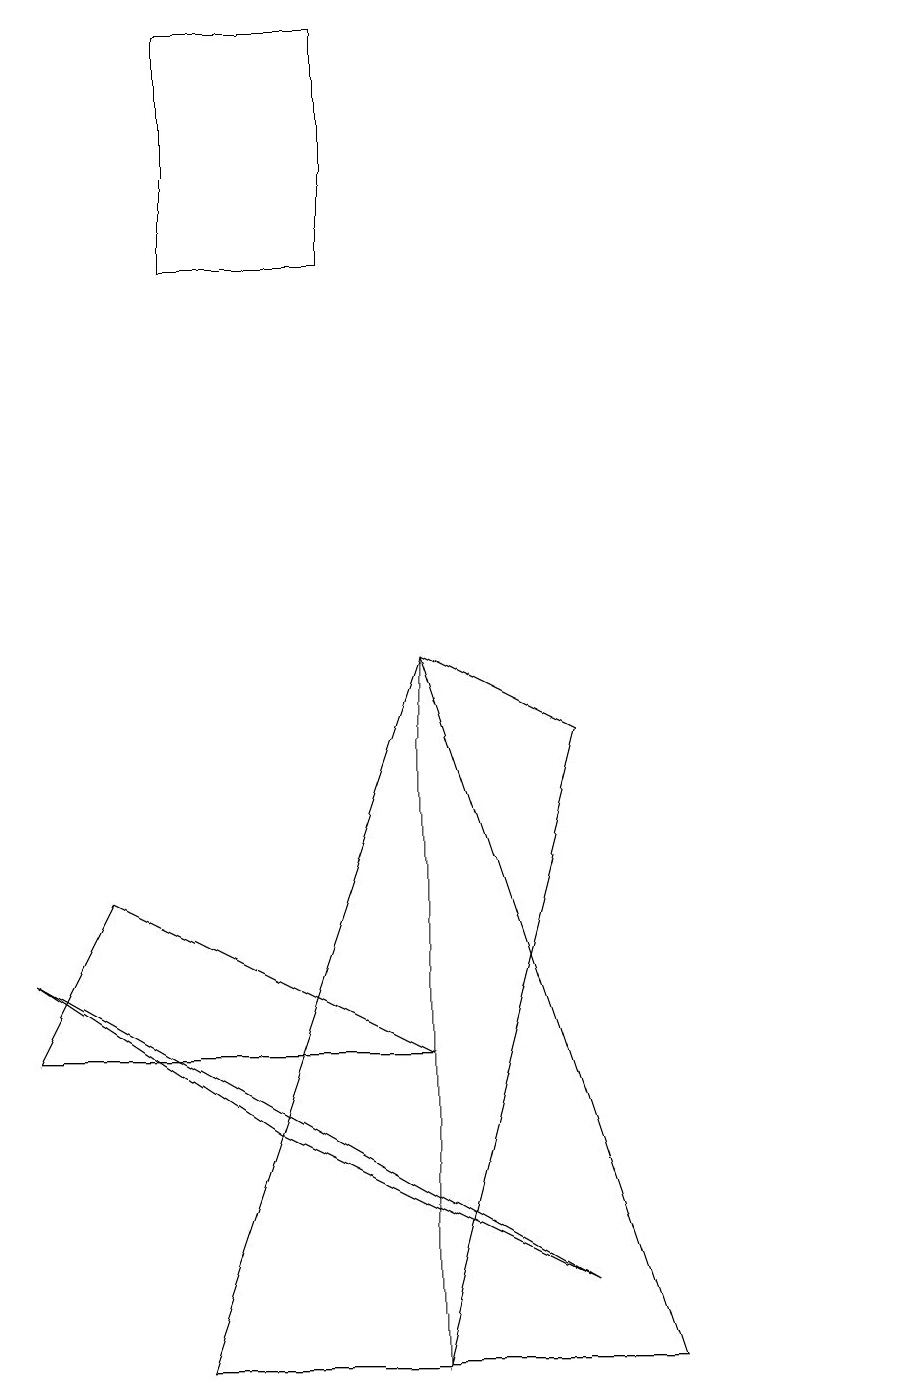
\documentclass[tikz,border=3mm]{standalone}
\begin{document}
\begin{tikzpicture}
\draw (5,9) -- (7,8) -- (5,0) -- cycle;
\draw (3,14) rectangle (4,14);
\draw (5,4) -- (0,4) -- (1,6) -- cycle;
\draw (8,0) -- (5,9) -- (2,0) -- cycle;
\draw (11,12) circle (0);
\draw (7,1) -- (3,3) -- (0,5) -- cycle;
\draw (4,17) rectangle (2,14);
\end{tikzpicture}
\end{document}